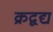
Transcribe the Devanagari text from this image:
क्रद्वद्य